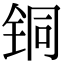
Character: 铜